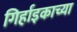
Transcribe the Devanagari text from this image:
गिर्हाइकाच्या